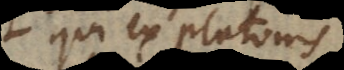
qui ex Platonis